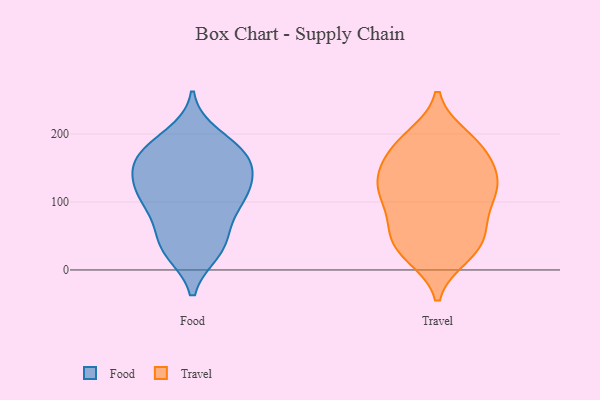
{"axis": {"x": "Production Output", "y": "Value"}, "legend": ["Food", "Travel"], "data": [{"x": "", "y": 28, "type": "Food"}, {"x": "", "y": 119, "type": "Food"}, {"x": "", "y": 176, "type": "Food"}, {"x": "", "y": 118, "type": "Food"}, {"x": "", "y": 198, "type": "Food"}, {"x": "", "y": 174, "type": "Food"}, {"x": "", "y": 120, "type": "Food"}, {"x": "", "y": 27, "type": "Food"}, {"x": "", "y": 180, "type": "Food"}, {"x": "", "y": 165, "type": "Food"}, {"x": "", "y": 93, "type": "Food"}, {"x": "", "y": 148, "type": "Food"}, {"x": "", "y": 152, "type": "Food"}, {"x": "", "y": 104, "type": "Food"}, {"x": "", "y": 151, "type": "Food"}, {"x": "", "y": 34, "type": "Food"}, {"x": "", "y": 47, "type": "Food"}, {"x": "", "y": 102, "type": "Food"}, {"x": "", "y": 69, "type": "Food"}, {"x": "", "y": 131, "type": "Travel"}, {"x": "", "y": 195, "type": "Travel"}, {"x": "", "y": 184, "type": "Travel"}, {"x": "", "y": 50, "type": "Travel"}, {"x": "", "y": 169, "type": "Travel"}, {"x": "", "y": 149, "type": "Travel"}, {"x": "", "y": 173, "type": "Travel"}, {"x": "", "y": 190, "type": "Travel"}, {"x": "", "y": 116, "type": "Travel"}, {"x": "", "y": 123, "type": "Travel"}, {"x": "", "y": 87, "type": "Travel"}, {"x": "", "y": 22, "type": "Travel"}, {"x": "", "y": 34, "type": "Travel"}, {"x": "", "y": 127, "type": "Travel"}, {"x": "", "y": 27, "type": "Travel"}, {"x": "", "y": 77, "type": "Travel"}, {"x": "", "y": 108, "type": "Travel"}, {"x": "", "y": 36, "type": "Travel"}, {"x": "", "y": 129, "type": "Travel"}, {"x": "", "y": 64, "type": "Travel"}]}